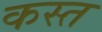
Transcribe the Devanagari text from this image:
कस्त